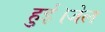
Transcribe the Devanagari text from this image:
हुई।जेल